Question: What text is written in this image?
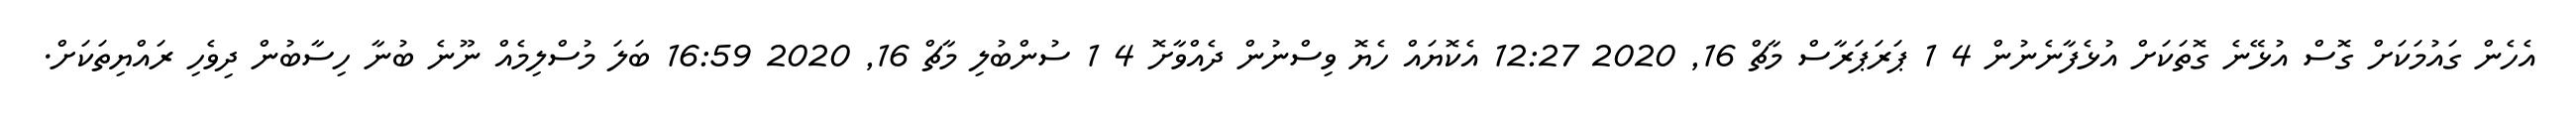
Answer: އެހެން ގައުމަކަށް ގޮސް އުޅޭނެ ގޮތަކަށް އުޅެފާނެނުން 4 1 ޕަރަޕަރާސް މާޗް 16, 2020 12:27 އެކޮޔައް ހެޔޮ ވިސްނުން ދެއްވާށޮ 4 1 ސުންބުލި މާޗް 16, 2020 16:59 ބަލަ މުސްލިމެއް ނޫނެ ބުނާ ހިސާބުން ދިވެހި ރައްޔިތަކަށް.